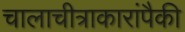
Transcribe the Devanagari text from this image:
चालाचीत्राकारांपैकी